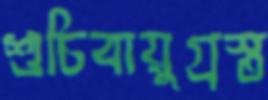
শুচিবায়ুগ্রস্ত